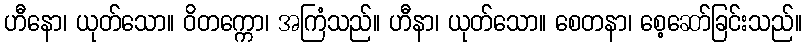
ဟီနော၊ ယုတ်သော။ ဝိတက္ကော၊ အကြံသည်။ ဟီနာ၊ ယုတ်သော။ စေတနာ၊ စေ့ဆော်ခြင်းသည်။